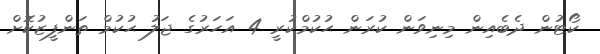
ކޯޓުން ދެބެއިން މިނިވަން ކުރަން ޙުކުމްކުރީ 4 އަހަރުގެ ޖަލު ޙުކުމް ތަންފީޒުކޮށް